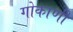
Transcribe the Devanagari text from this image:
गोकाणी